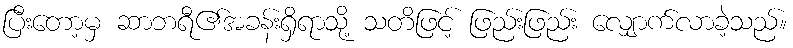
ပြီးတော့မှ ဆာဘရီ၏အခန်းရှိရာသို့ သတိဖြင့် ဖြည်းဖြည်း လျှောက်လာခဲ့သည်။